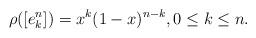
LaTeX: \begin{align*}\rho([e_k^n])=x^k(1-x)^{n-k}, 0\le k\le n.\end{align*}